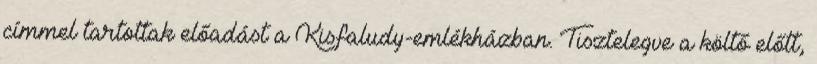
címmel tartottak előadást a Kisfaludy-emlékházban. Tisztelegve a költő előtt,